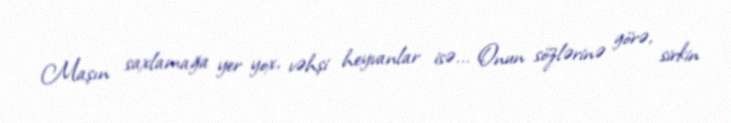
Maşın saxlamağa yer yox, vəhşi heyvanlar isə... Onun sözlərinə görə, sirkin